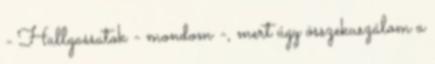
- Hallgassatok - mondom -, mert úgy összekuszálom a